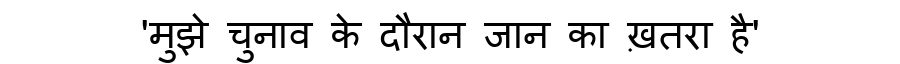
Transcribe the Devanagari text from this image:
'मुझे चुनाव के दौरान जान का ख़तरा है'